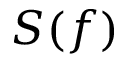
S ( f )